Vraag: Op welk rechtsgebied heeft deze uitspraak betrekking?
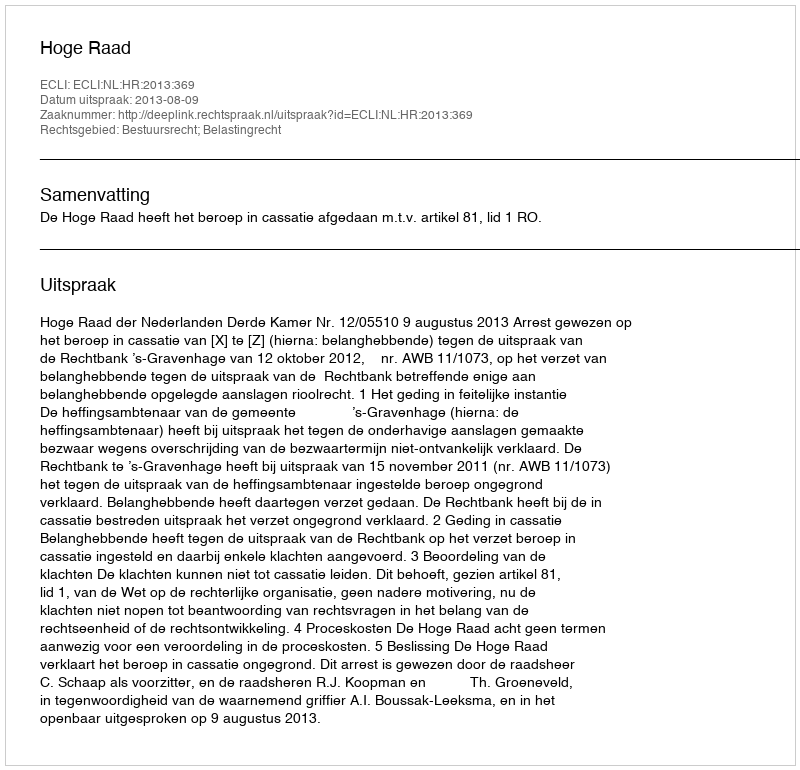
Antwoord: Bestuursrecht; Belastingrecht